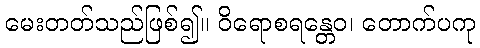
မေးတတ်သည်ဖြစ်၍။ ဝိရောစရန္တေဝ၊ တောက်ပကု